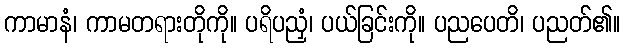
ကာမာနံ၊ ကာမတရားတိုကို။ ပရိပညှံ၊ ပယ်ခြင်းကို။ ပညပေတိ၊ ပညတ်၏။